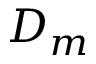
D _ { m }